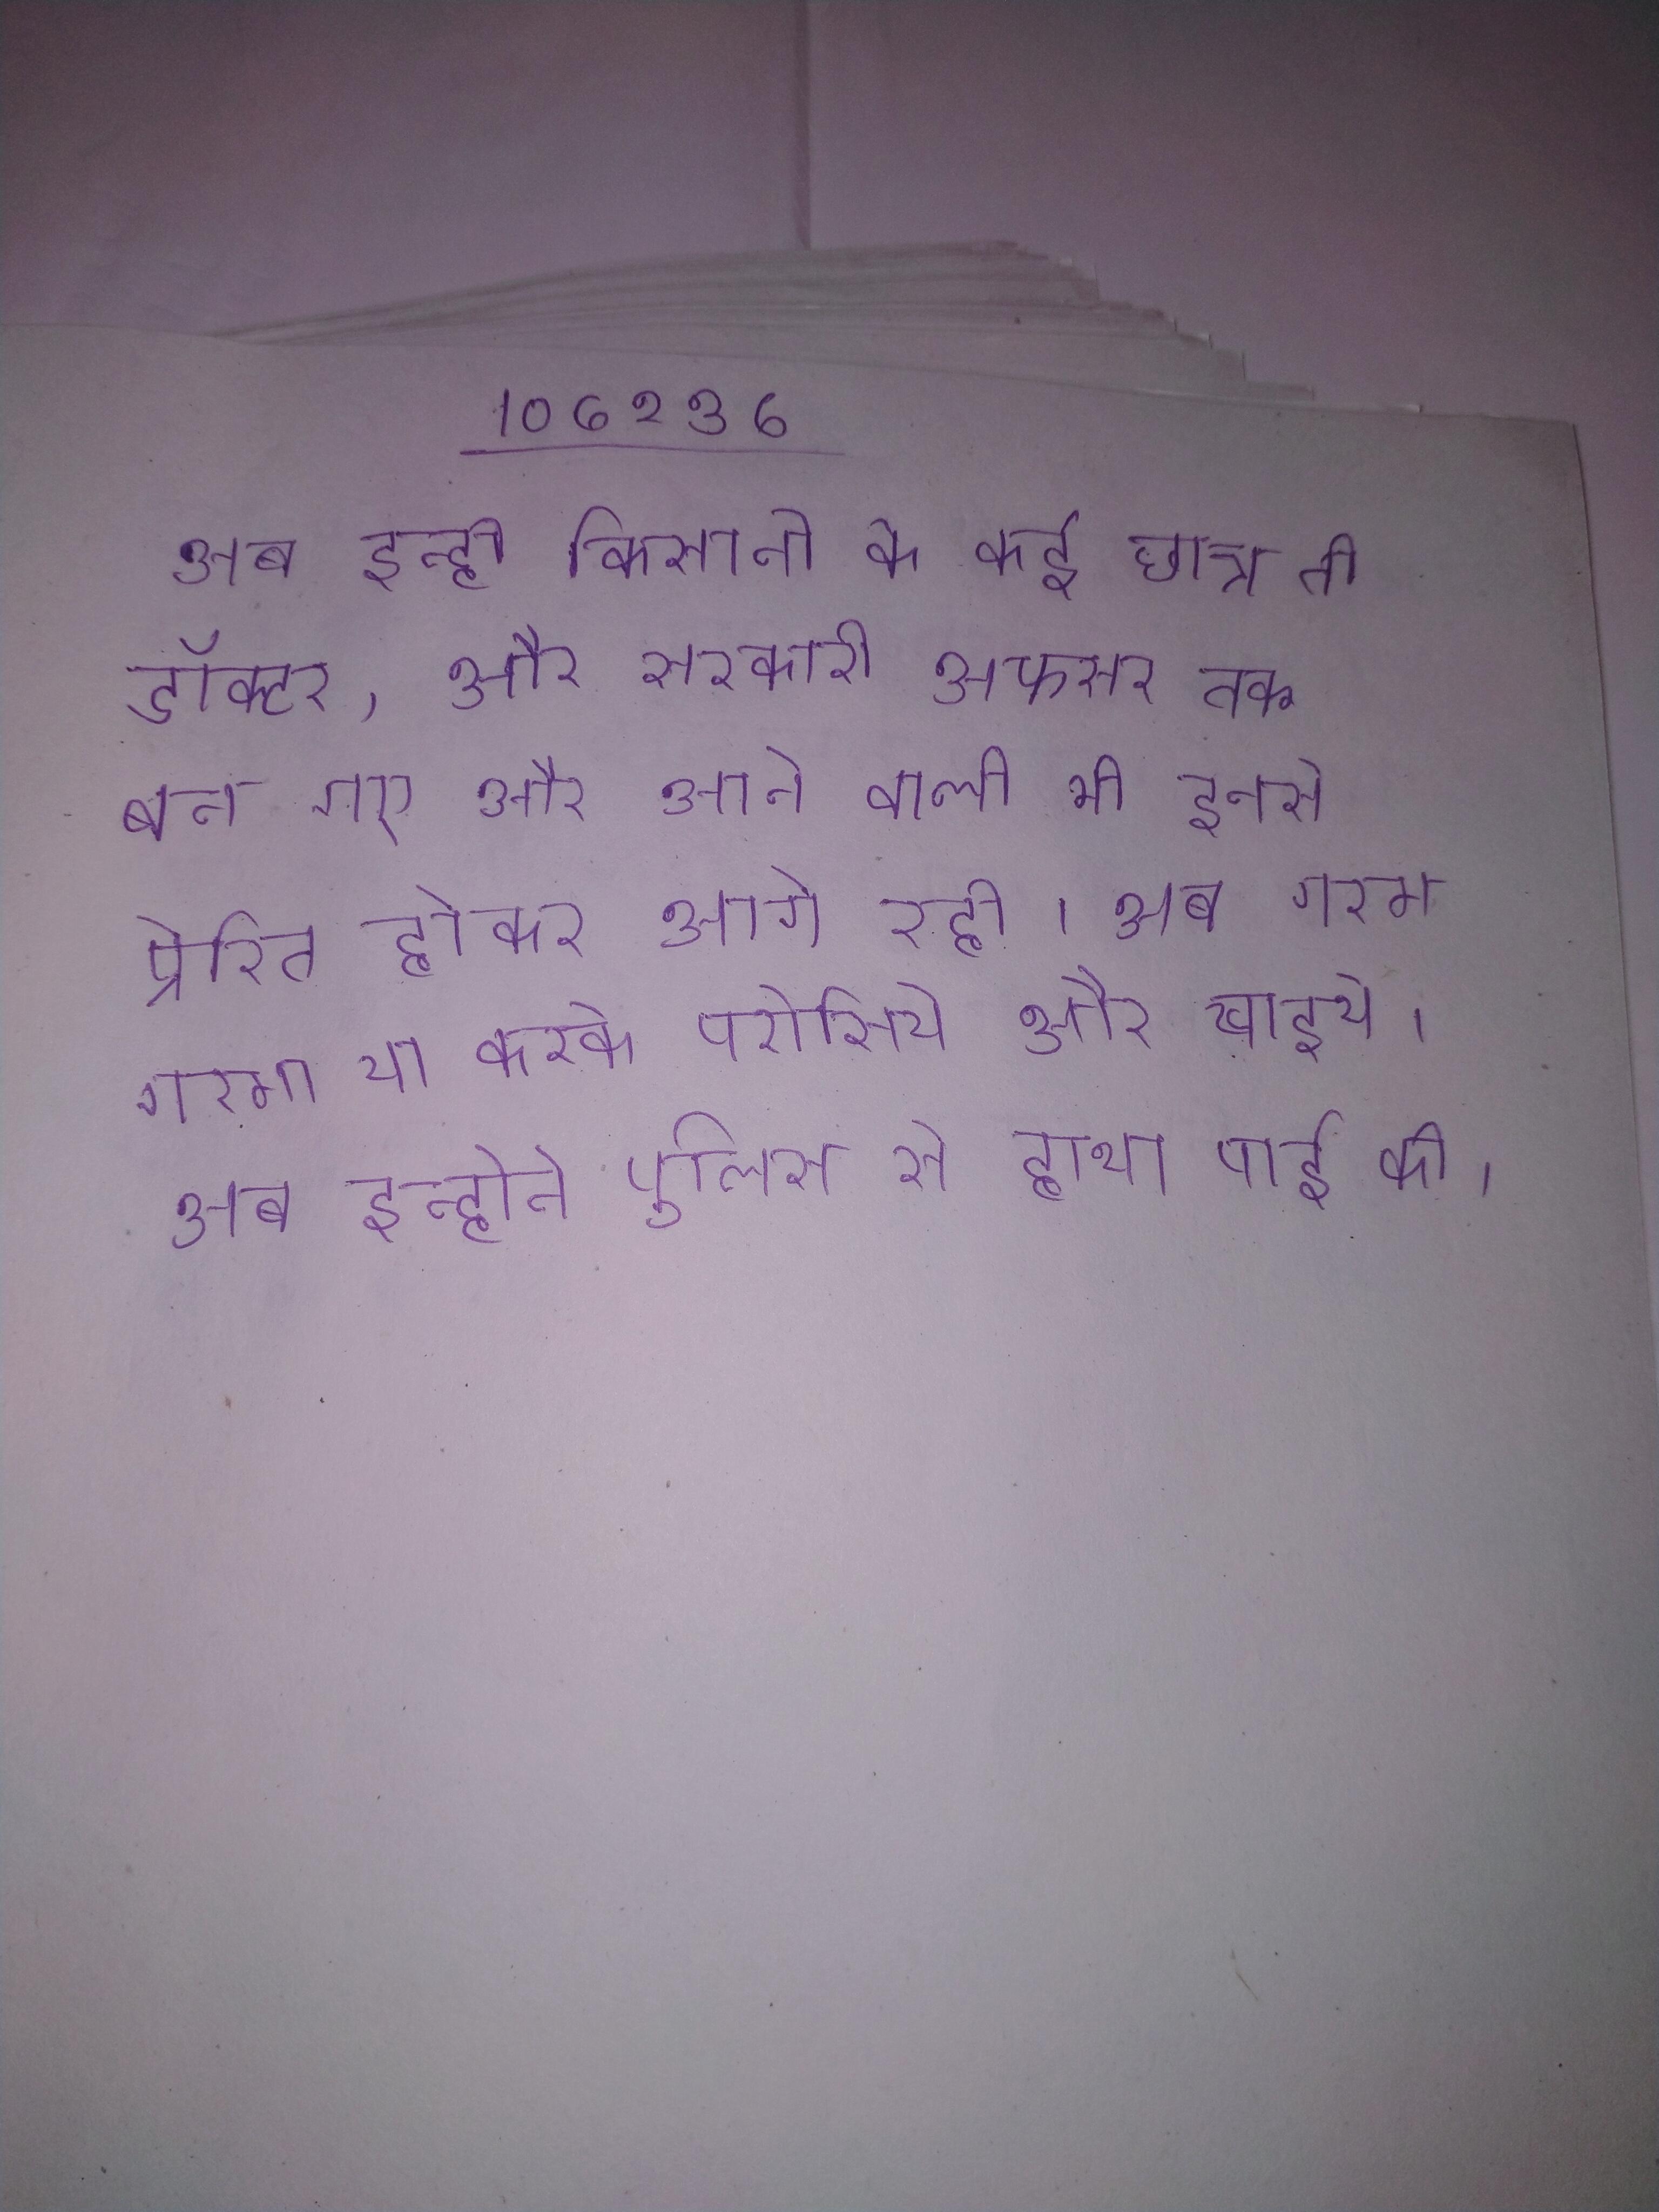
अब इन्ही किसानो के कई छात्र तो डॉक्टर, और सरकारी अफसर तक बन गए और आने वाली भी इनसे प्रेरित होकर आगे रही । अब गरम गरमा या करके परोसिये और खाइये । अब इन्होने पुलिस से हाथा पाई की ।